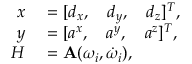
\begin{array} { r l } { x } & { { } = [ d _ { x } , \quad d _ { y } , \quad d _ { z } ] ^ { T } , } \\ { y } & { { } = [ a ^ { x } , \quad a ^ { y } , \quad a ^ { z } ] ^ { T } , } \\ { H } & { { } = \mathbf { A } ( \omega _ { i } , \dot { \omega } _ { i } ) , } \end{array}